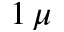
1 \, \mu